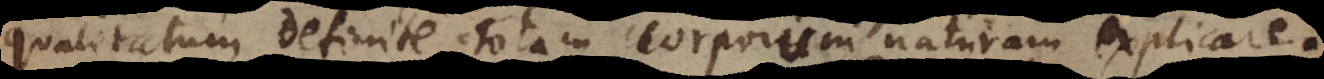
qualitatum definite totam corporum naturam explicare